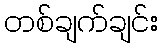
တစ်ချက်ချင်း